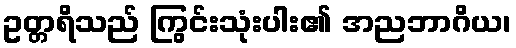
ဥတ္တရိသည် ကြွင်းသုံးပါး၏ အညဘာဂိယ၊